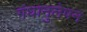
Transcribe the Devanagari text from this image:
गंधानुलेपन